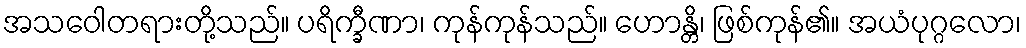
အသဝေါတရားတို့သည်။ ပရိက္ခီဏာ၊ ကုန်ကုန်သည်။ ဟောန္တိ၊ ဖြစ်ကုန်၏။ အယံပုဂ္ဂလော၊